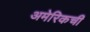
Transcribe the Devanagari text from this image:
अमेरिकची